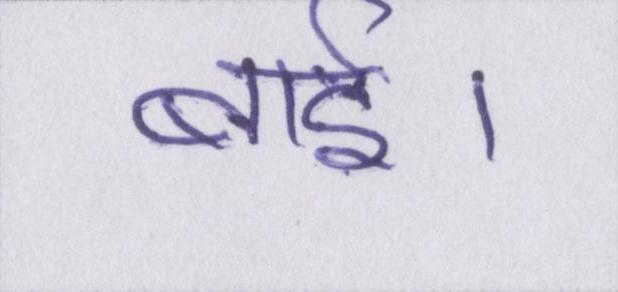
बाई।